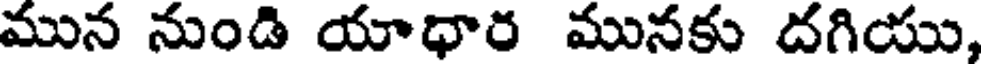
మున నుండి యాధార మునకు దగియు,